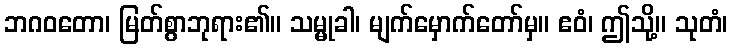
ဘဂဝတော၊ မြတ်စွာဘုရား၏။ သမ္မုခါ၊ မျက်မှောက်တော်မှ။ ဧဝံ၊ ဤသို့။ သုတံ၊